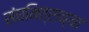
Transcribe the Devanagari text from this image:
संघमित्राच्या